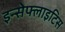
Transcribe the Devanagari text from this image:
इन्सेफ्लाइटिस